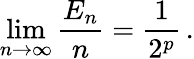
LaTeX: \operatorname*{lim}_{n\to\infty}\frac{E_{n}}{n}=\frac{1}{2^{p}}\, .